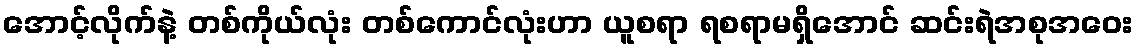
အောင့်လိုက်နဲ့ တစ်ကိုယ်လုံး တစ်ကောင်လုံးဟာ ယူစရာ ရစရာမရှိအောင် ဆင်းရဲအစုအဝေး